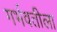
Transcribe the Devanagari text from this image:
गर्भवतीला